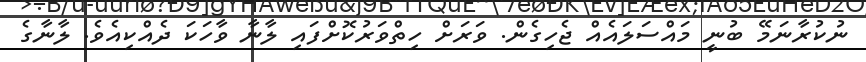
ނުކުރާނަމޭ ބުނީ މައްސަލައެއް ޖެހިގެން. ވަރަށް ހިތްވަރުކޮށްފައި ލާނާ ވާހަކަ ދެއްކިއެވެ. ލާނާގެ